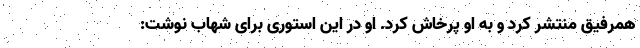
همرفیق منتشر کرد و به او پرخاش کرد. او در این استوری برای شهاب نوشت: